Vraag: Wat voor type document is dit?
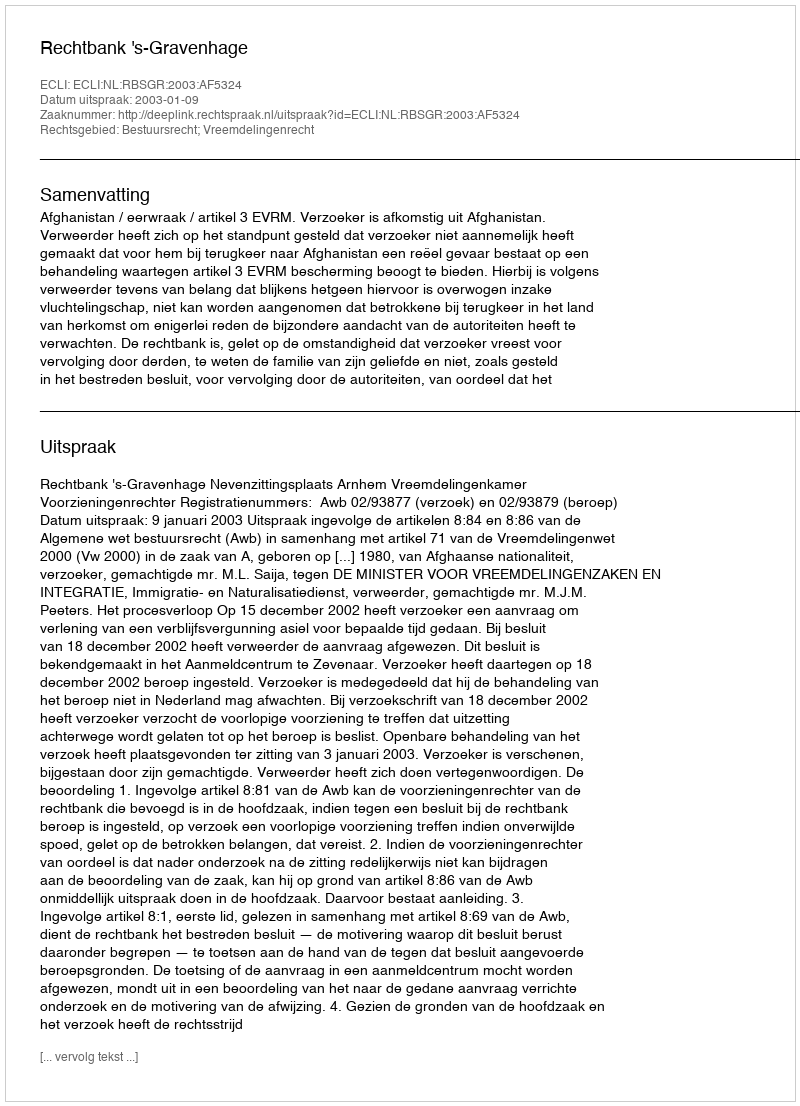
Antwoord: Uitspraak